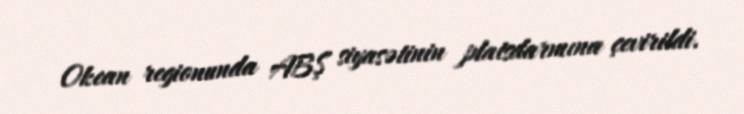
Okean regionunda ABŞ siyasətinin platsdarmına çevirildi.